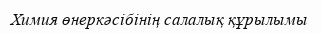
Химия өнеркәсібінің салалық құрылымы